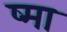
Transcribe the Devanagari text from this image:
ष्मा